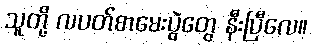
သူတို့ လပတ်စာမေးပွဲတွေ နီးပြီလေ။